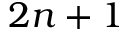
2 n + 1